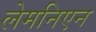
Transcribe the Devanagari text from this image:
लेमनिएन